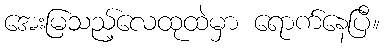
အေးမြသည့်လေထုထဲမှာ ရောက်နေပြီ။